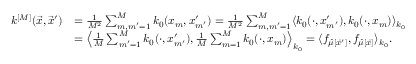
\begin{array} { r l } { k ^ { [ M ] } ( \vec { x } , \vec { x } ^ { \prime } ) } & { = \frac { 1 } { M ^ { 2 } } \sum _ { m , m ^ { \prime } = 1 } ^ { M } k _ { 0 } ( x _ { m } , x _ { m ^ { \prime } } ^ { \prime } ) = \frac { 1 } { M ^ { 2 } } \sum _ { m , m ^ { \prime } = 1 } ^ { M } \langle k _ { 0 } ( \cdot , x _ { m ^ { \prime } } ^ { \prime } ) , k _ { 0 } ( \cdot , x _ { m } ) \rangle _ { k _ { 0 } } } \\ & { = \left\langle \frac { 1 } { M } \sum _ { m ^ { \prime } = 1 } ^ { M } k _ { 0 } ( \cdot , x _ { m ^ { \prime } } ^ { \prime } ) , \frac { 1 } { M } \sum _ { m = 1 } ^ { M } k _ { 0 } ( \cdot , x _ { m } ) \right\rangle _ { k _ { 0 } } = \langle f _ { \hat { \mu } [ \vec { x } ^ { \prime } ] } , f _ { \hat { \mu } [ \vec { x } ] } \rangle _ { k _ { 0 } } . } \end{array}